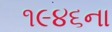
૧૯૪૬ના